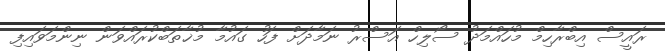
ރައީސް އިބްރާހިމް މުހައްމަދު ސޯލިހް އަސްރު ނަމާދަށް ފަހު ގައުމާ މުޚާތަބްކުރައްވަން ނިންމަވައިފި